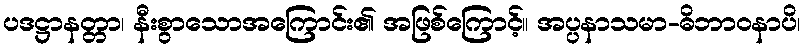
ပဒဋ္ဌာနတ္တာ၊ နီးစွာသောအကြောင်း၏ အဖြစ်ကြောင့်။ အပ္ပနာသမာ-ဓိဘာဝနာပိ၊